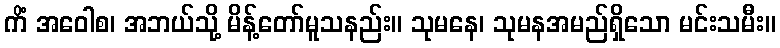
ကိံ အဝေါစ၊ အဘယ်သို့ မိန့်တော်မူသနည်း။ သုမနေ၊ သုမနအမည်ရှိသော မင်းသမီး။